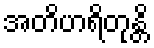
အတိဟရိတုန္တိ